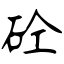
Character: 砼